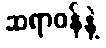
ဆရာဝန်နဲ့